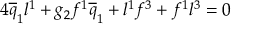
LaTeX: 4 \overline { { { q } } } _ { 1 } l ^ { 1 } + g _ { 2 } f ^ { 1 } \overline { { { q } } } _ { 1 } + l ^ { 1 } f ^ { 3 } + f ^ { 1 } l ^ { 3 } = 0